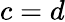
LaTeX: c=d